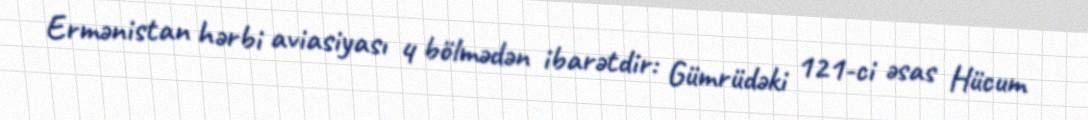
Ermənistan hərbi aviasiyası 4 bölmədən ibarətdir: Gümrüdəki 121-ci əsas Hücum